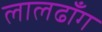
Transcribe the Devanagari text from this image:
लालढाँग